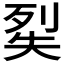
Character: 𭑔